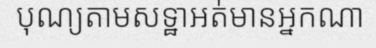
បុណ្យតាមសទ្ឋាអត់មានអ្នកណា